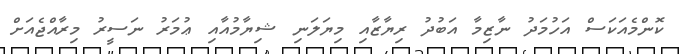
ކޮންމެއަކަސް އަހުމަދު ނާޒިމާ އަބުދު ރިޔާޒާއި މިޔަލަނި ޝިޔާމުއާއި ޢުމަރު ނަސީރު މިރާއްޖެއަށް